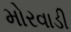
મોરવાડી